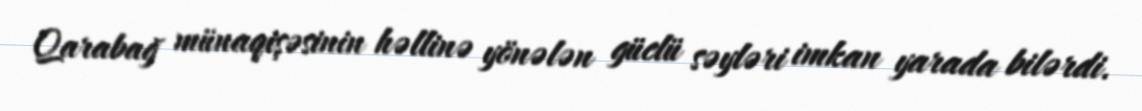
Qarabağ münaqişəsinin həllinə yönələn güclü səyləri imkan yarada bilərdi.